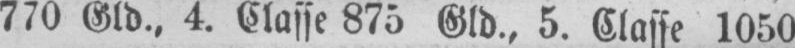
770 Gld., 4. Classe 875 Gld., 5. Classe 1050